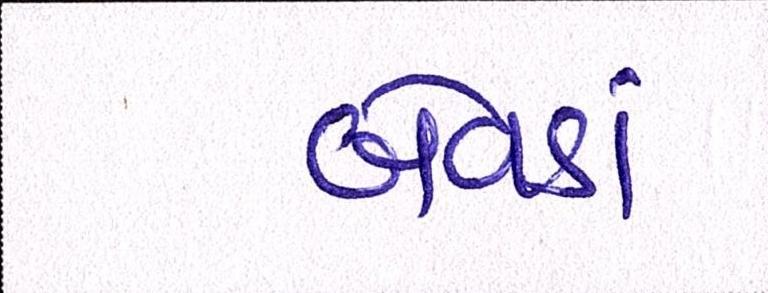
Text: બેવડાં